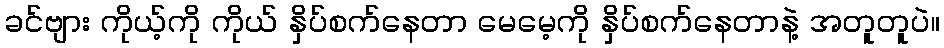
ခင်ဗျား ကိုယ့်ကို ကိုယ် နှိပ်စက်နေတာ မေမေ့ကို နှိပ်စက်နေတာနဲ့ အတူတူပဲ။